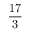
\frac { 1 7 } { 3 }